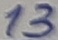
Text: 13